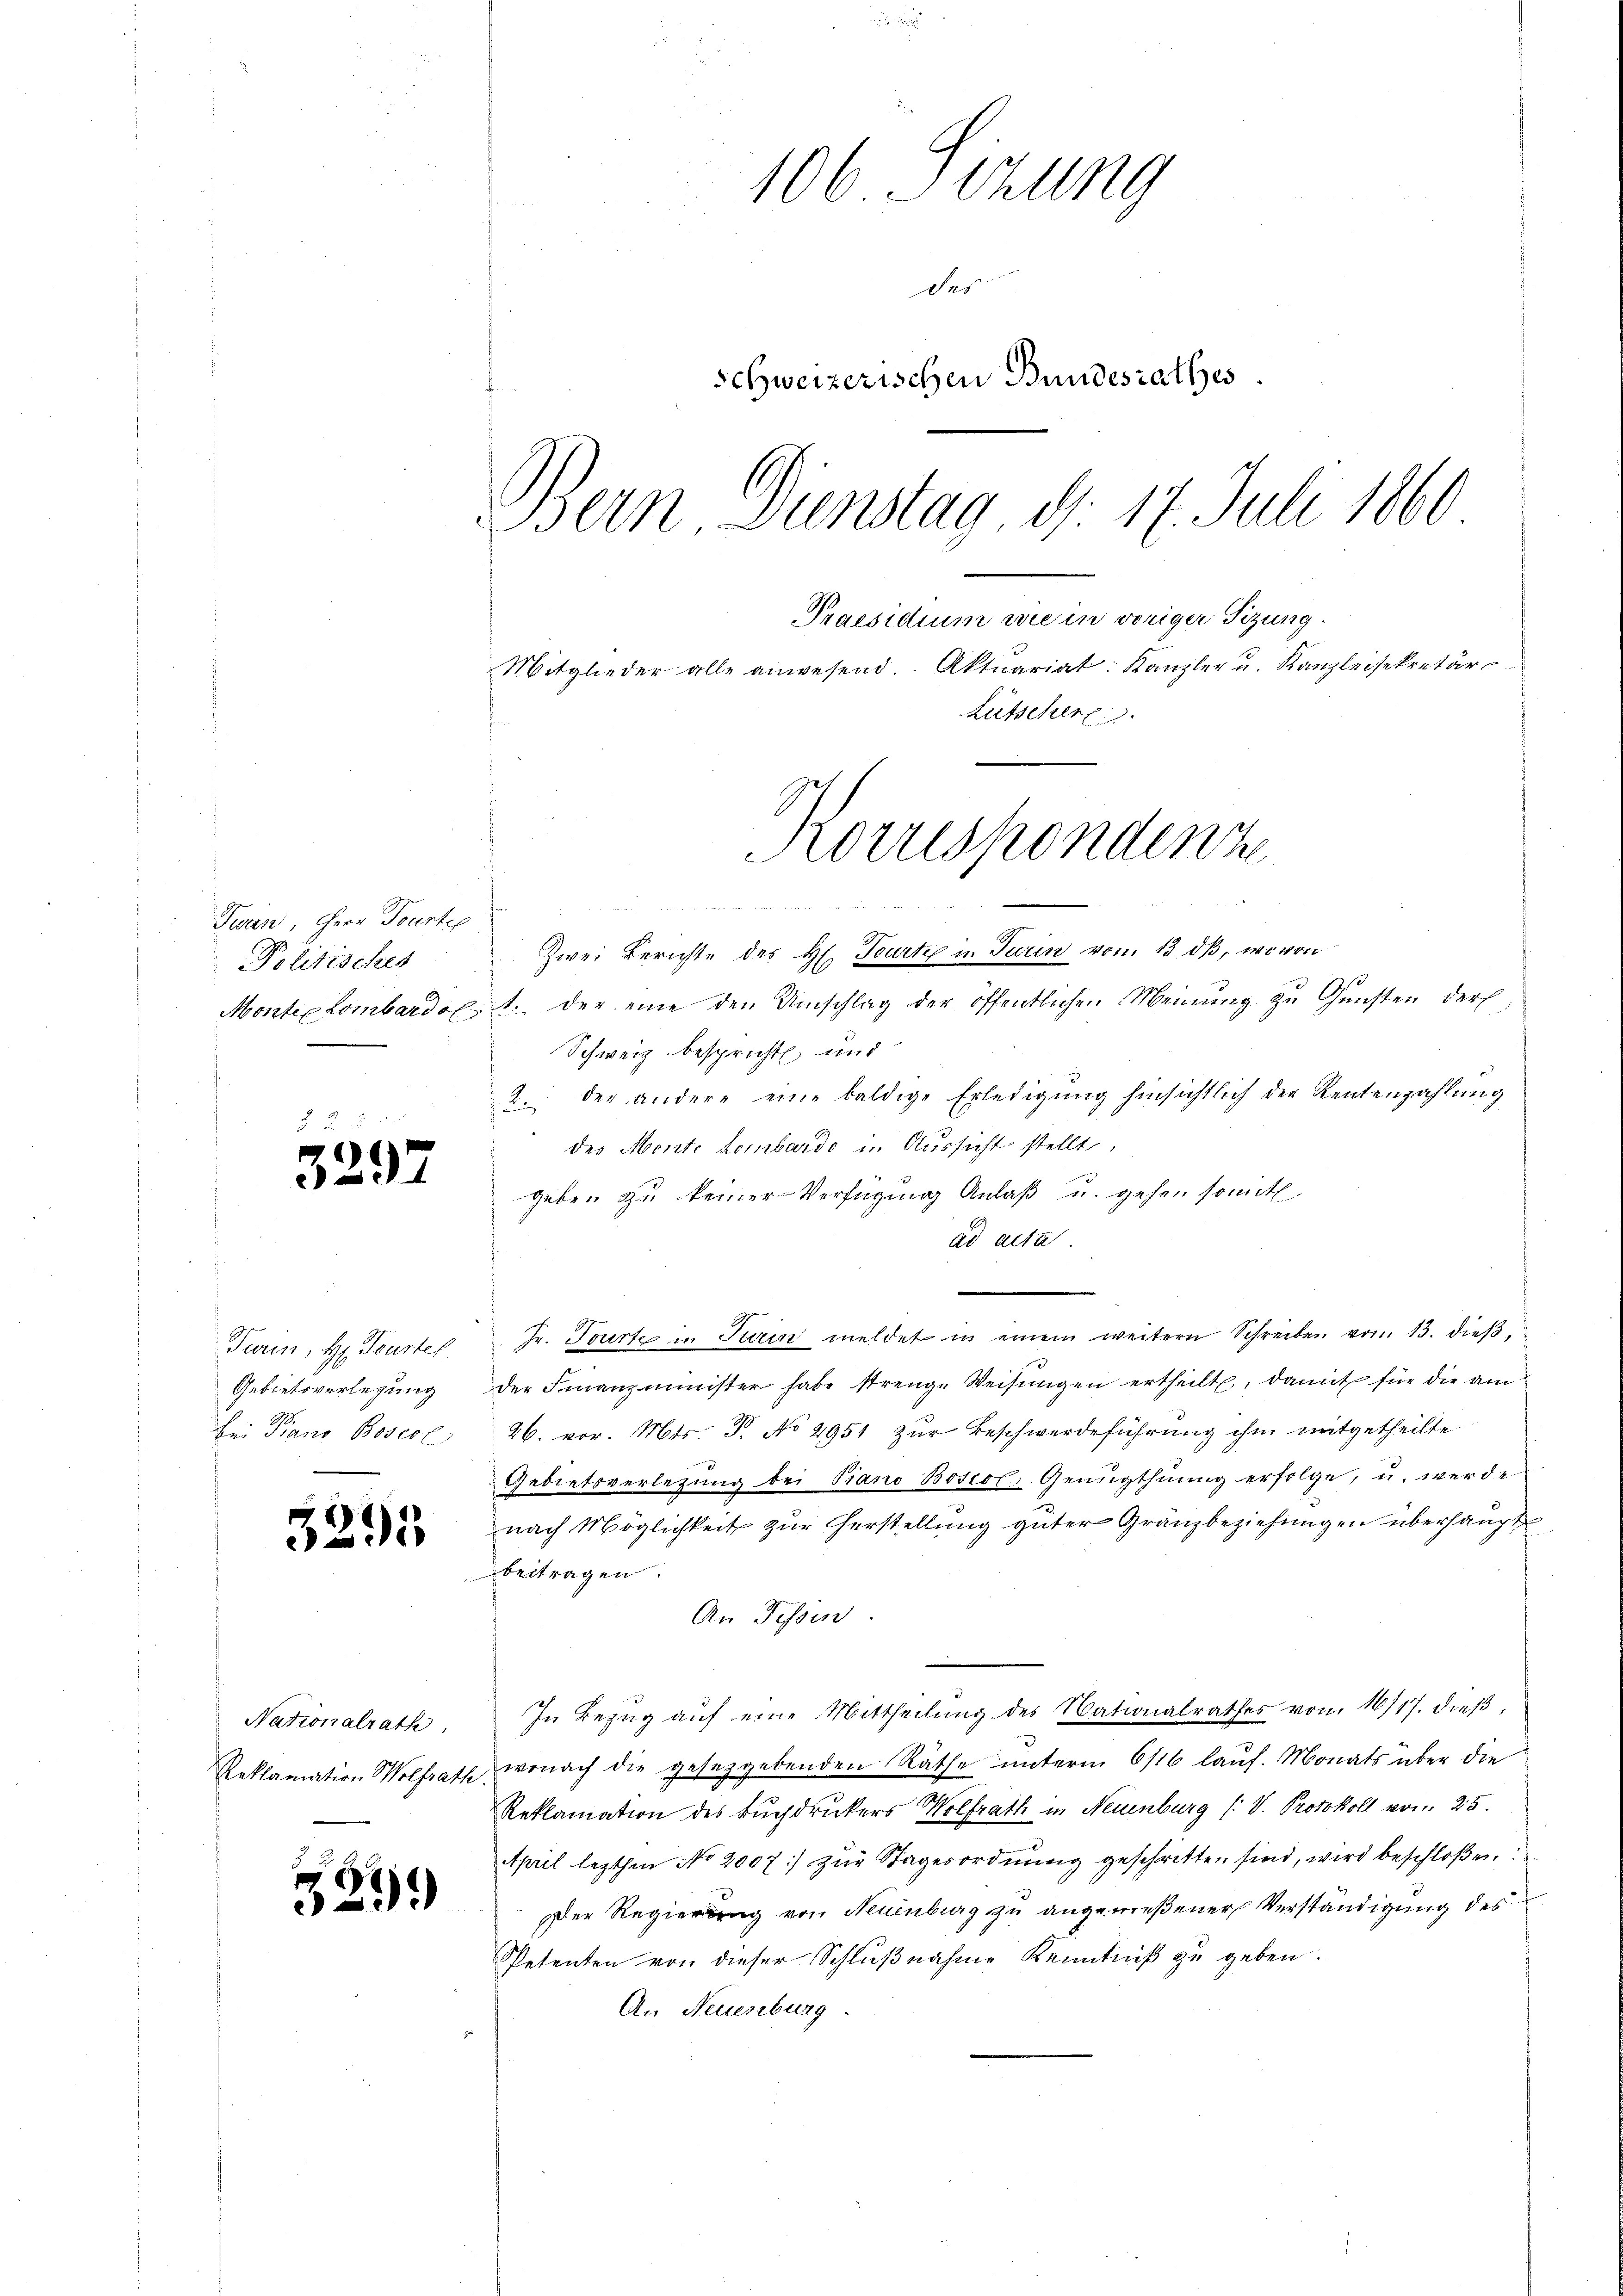
Twin, Herr Fourter
Politisches
.

3297

5

Turin, H. Partel
Gebietsverlegung
bei Piano Bosect

5295

Nationalrath,
Reklamation Wolfrath.

34)

106 Sizung
Des
Schweizerischen Bundesrathes.
Bern Dienstag, d. 17. Juli 1860
Praesidium wie in voriger Sitzung.
Mitglieder alle anwesend. Aktuariat: Kanzler u. Kanzleisekretärs
Lütscher

Zwei Berichte des H. Tourti in Turin von 13 Oß, wovon
Montie Lombardo, 1. der eine den Umschlag der öffentlichen Meinung zu Gunsten der
Schweiz bespricht und
2. der andere eine baldige Erledigŭng hinsichtlich der Rentenzahlung
des Monte Lombardo in Aussicht stellt,
geben zu keiner Verfügung Anlaß u. gehen somitl.
ad acta
Hr. Tourte in Turin meldet in einem weitern Schreiben vom 13. dieß,
der Finanzminister habe strenge Weisŭngen ertheilt, damit für die am
26. vor. Mts. T. No 2951 zur Beschwerdeführung ihm mitgetheilte
Gebietsverletzung bei Piano Boscol. Genugthuung erfolge, u. werde
nach Möglichkeit zur Herstellung guter Gränzbeziehungen überhaupt
beitragen.
An Tessin.
In Bezug auf eine Mittheilung des Nationalrathes von 16717. dieβ,
wonach die gesetzgebenden Räthe unterm 6/16 lauf. Monats über die
Reklamation des Buchdruckers Wolfrath in Neuenburg (: V. Protokoll vom 25.
April lezthin No 2007 zŭr Stagesordnŭng geschritten sind, wird beschloßen
Der Regierung von Neuenburg zu angewießener Verständigung des
Petenten von dieser Schlußnahme Kenntniß zu geben.
An Neuenburg.

Koruspondenz
ket hat in den so wenn den